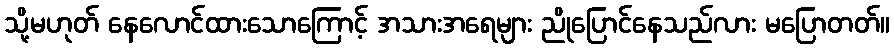
သို့မဟုတ် နေလောင်ထားသောကြောင့် အသားအရေများ ညိုပြောင်နေသည်လား မပြောတတ်။